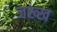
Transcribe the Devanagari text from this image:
जख्ख